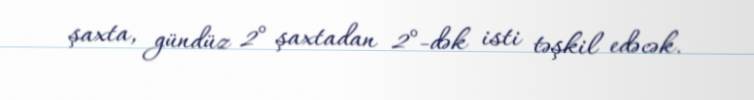
şaxta, gündüz 2° şaxtadan 2°-dək isti təşkil edəcək.